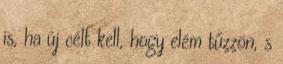
is, ha új célt kell, hogy elém tűzzön, s